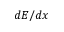
d E / d x